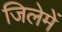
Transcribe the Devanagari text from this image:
जिलेमें